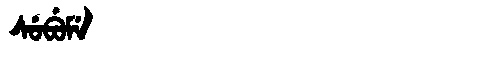
Manchu: ᠰᡠᠪᡠᠮᡝ
Romanization: SUBUME